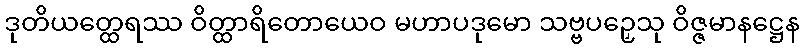
ဒုတိယတ္ထေရဿ ဝိတ္ထာရိတောယေဝ မဟာပဒုမော သဗ္ဗပဉှေသု ဝိဇ္ဇမာနဋ္ဌေန